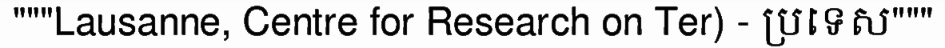
"""Lausanne, Centre for Research on Ter) - ប្រទេស"""